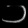
Digit: ၁